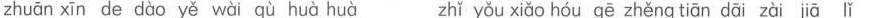
zhuān xīn de dào yě wài qù huà huàzhǐ yǒu xiǎo hóu gē zhěng tiān dāi zài jā ǐ